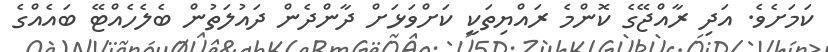
ކަމަށެވެ. އަދި ރާއްޖޭގެ ކޮންމެ ރައްޔިތަކީ ކަށްވަޅަށް ދާންދެން ދައުލަތުން ބެލެހެއްޓޭ ބައެއްގެ